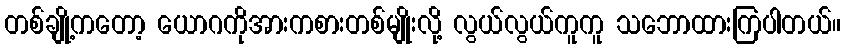
တစ်ချို့ကတော့ ယောဂကိုအားကစားတစ်မျိုးလို့ လွယ်လွယ်ကူကူ သဘောထားကြပါတယ်။